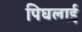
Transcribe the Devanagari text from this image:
पिघलाई